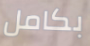
بكامل